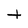
Character: t